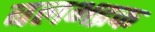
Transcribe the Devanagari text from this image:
बलभद्रक